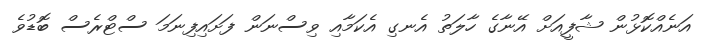
އަނެއްކޮޅުން ޝާފީއަށް އޭނާގެ ހާލަތު އެނގި އެކަމާއި ވިސްނަން ފަށައިފިނަމަ ސްޓްރެސް ބޮޑުވެ